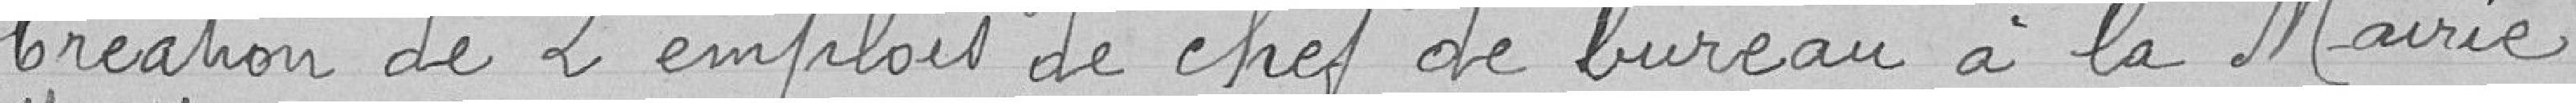
Création de 2 emplois de chef de bureau à la Mairie